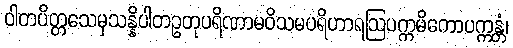
ဝါတပိတ္တသေမှသန္နိပါတဥတုပရိဏာမဝိသမပရိဟာရဩပက္ကမိကောပက္ကန္တံ၊